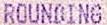
ROUNDING